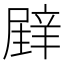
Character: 𲅇